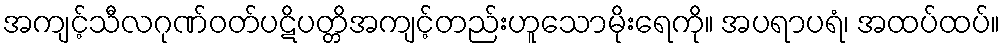
အကျင့်သီလဂုဏ်ဝတ်ပဋိပတ္တိအကျင့်တည်းဟူသောမိုးရေကို။ အပရာပရံ၊ အထပ်ထပ်။